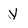
Character: y